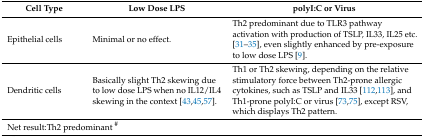
<table><thead><tr><td><b>Cell Type</b></td><td><b>Low Dose LPS</b></td><td><b>polyI:C or Virus</b></td></tr></thead><tbody><tr><td>Epithelial cells</td><td>Minimal or no effect.</td><td>Th2 predominant due to TLR3 pathway activation with production of TSLP, IL33, IL25 etc. [31,32,33,34,35], even slightly enhanced by pre-exposure to low dose LPS [9].</td></tr><tr><td>Dendritic cells</td><td>Basically slight Th2 skewing due to low dose LPS when no IL12/IL4 skewing in the context [43,45,57].</td><td>Th1 or Th2 skewing, depending on the relative stimulatory force between Th2-prone allergic cytokines, such as TSLP and IL33 [112,113], and Th1-prone polyI:C or virus [73,75], except RSV, which displays Th2 pattern.</td></tr><tr><td colspan="3">Net result:Th2 predominant <sup>#</sup></td></tr></tbody></table>